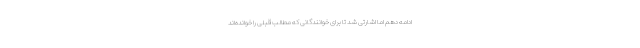
ادامه دهم اما اشارتی شد تا برای خوانندگانی که مطالب قبلی را خوانده‌اند